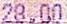
28.00